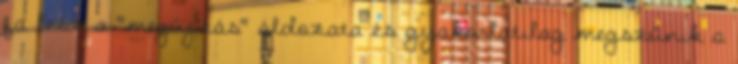
fa lesz a "megújítás" áldozata és gyakorlatilag megszűnik a